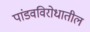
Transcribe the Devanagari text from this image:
पांडवविरोधातील